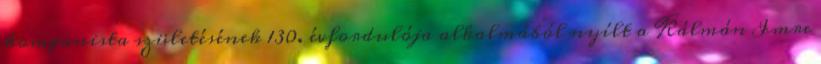
komponista születésének 130. évfordulója alkalmából nyílt a Kálmán Imre